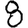
Digit: 8